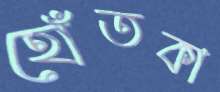
হোঁতকা